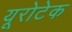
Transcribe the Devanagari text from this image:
यूरोटेक